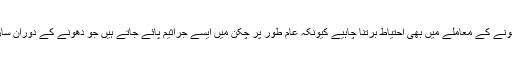
اسی طرح چکن کو پکانے سے پہلے دھونے کے معاملے میں بھی احتیاط برتنا چاہیے کیونکہ عام طور پر چکن میں ایسے جراثیم پائے جاتے ہیں جو دھونے کے دوران سارے باورچی خانے میں پھیل جاتے ہیں۔